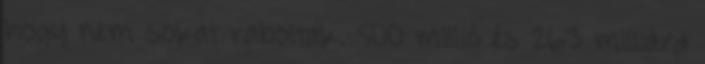
hogy nem sokat raboltak. 500 millió és 263 milliárd